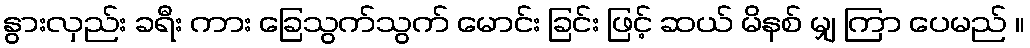
နွားလှည်း ခရီး ကား ခြေသွက်သွက် မောင်း ခြင်း ဖြင့် ဆယ် မိနစ် မျှ ကြာ ပေမည် ။